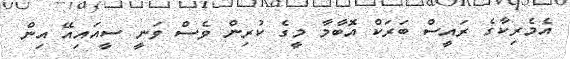
އެމެރިކާގެ ރައީސް ބަރަކް އޮބާމާ މީގެ ކުރިން ވެސް ވަނީ ސީއައިއޭ އިން